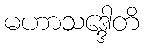
မဟာသဒ္ဒေါတိ